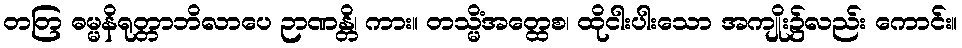
တတြ ဓမ္မနိရုတ္တာဘိလာပေ ဉာဏန္တိ၊ ကား။ တသ္မိံအတ္ထေစ၊ ထိုငါးပါးသော အကျိုး၌လည်း ကောင်း။